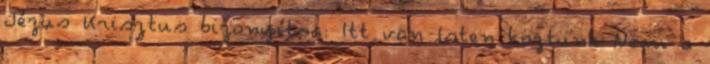
Jézus Krisztus bizonyítsa: Itt van Isten köztünk Nem a